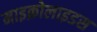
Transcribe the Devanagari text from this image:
माइक्रोलाइडस